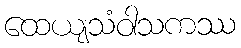
ထေယျသံဝါသကဿ